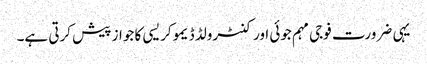
یہی ضرورت فوجی مہم جوئی اور کنٹرولڈ ڈیموکریسی کا جواز پیش کرتی ہے۔